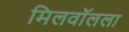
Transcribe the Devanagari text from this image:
मिलवॉलला